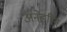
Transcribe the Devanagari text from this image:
अनेइरिन